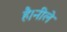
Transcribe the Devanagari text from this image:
है।नीले